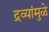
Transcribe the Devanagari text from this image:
द्रव्यांमुळे